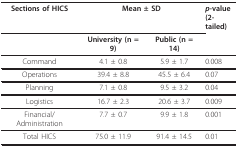
| Sections of HICS | <COLSPAN=2> Mean ± SD | p-value(2-tailed) |
 |  | University (n = 9) | Public (n = 14) |  |
 | --- | --- | --- | --- |
 | Command | 4.1 ± 0.8 | 5.9 ± 1.7 | 0.008 |
 | Operations | 39.4 ± 8.8 | 45.5 ± 6.4 | 0.07 |
 | Planning | 7.1 ± 0.8 | 9.5 ± 3.2 | 0.04 |
 | Logistics | 16.7 ± 2.3 | 20.6 ± 3.7 | 0.009 |
 | Financial/Administration | 7.7 ± 0.7 | 9.9 ± 1.8 | 0.001 |
 | Total HICS | 75.0 ± 11.9 | 91.4 ± 14.5 | 0.01 |